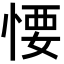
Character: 𢞅